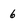
Character: 6